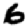
Digit: 6